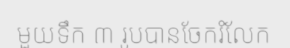
មួយទឹក ៣ រូបបានចែករំលែក